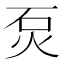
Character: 𤇈